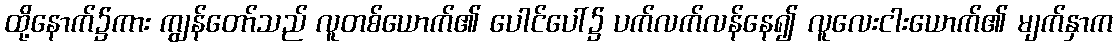
ထို့နောက်၌ကား ကျွန်တော်သည် လူတစ်ယောက်၏ ပေါင်ပေါ်၌ ပက်လက်လန်နေ၍ လူလေးငါးယောက်၏ မျက်နှာက